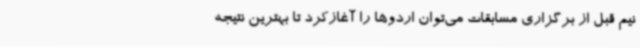
نیم قبل از برگزاری مسابقات می‌توان اردوها را آغازکرد تا بهترین نتیجه